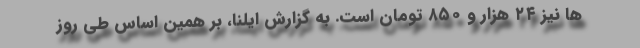
ها نیز ۲۴ هزار و ۸۵۰ تومان است. به گزارش ایلنا، بر همین‌ اساس طی روز